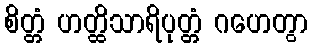
စိတ္တံ ဟတ္ထိသာရိပုတ္တံ ဂဟေတွာ